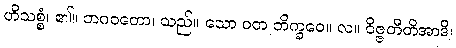
ဟိသစ္စံ၊ ၏။ ဘဂဝတော၊ သည်။ သော ဝတ ဘိက္ခဝေ။ လ။ ဝိဇ္ဇတီတိအာဒိ၊